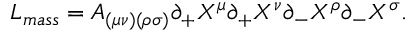
L _ { m a s s } = A _ { ( \mu \nu ) ( \rho \sigma ) } \partial _ { + } X ^ { \mu } \partial _ { + } X ^ { \nu } \partial _ { - } X ^ { \rho } \partial _ { - } X ^ { \sigma } .